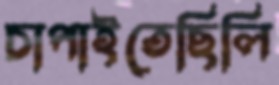
চাপাইতেছিলি